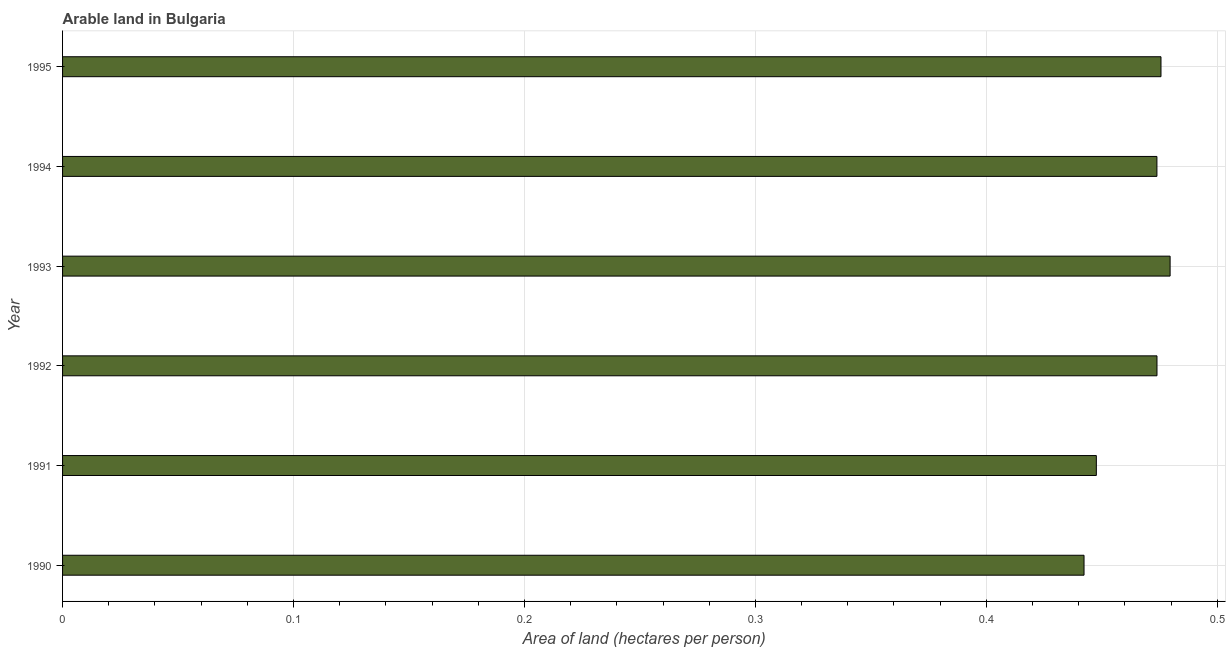
| Year | Arable land |
 | --- | --- |
 | 1990 | 0.442 |
 | 1991 | 0.448 |
 | 1992 | 0.474 |
 | 1993 | 0.48 |
 | 1994 | 0.474 |
 | 1995 | 0.476 |